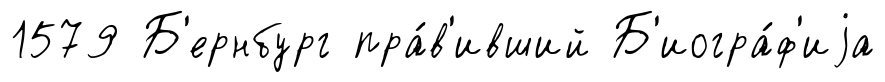
1579 Б'ернбург пра́в'ивший Б'иогра́ф'иjа